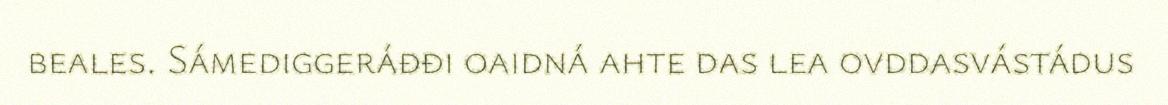
beales. Sámediggeráđđi oaidná ahte das lea ovddasvástádus